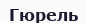
Гюрель